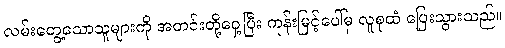
လမ်းတွေ့သောသူများကို အတင်းတို့ဝှေ့ပြီး ကုန်းမြင့်ပေါ်မှ လူစုထံ ပြေးသွားသည်။